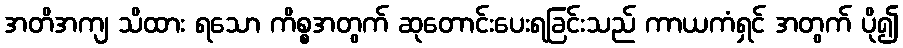
အတိအကျ သိထား ရသော ကိစ္စအတွက် ဆုတောင်းပေးရခြင်းသည် ကာယကံရှင် အတွက် ပို၍